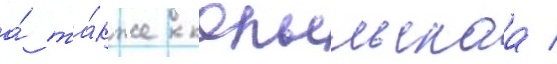
а́ та́кже копыльскаа /